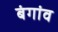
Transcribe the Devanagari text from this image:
बंगांव